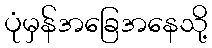
ပုံမှန်အခြေအနေသို့